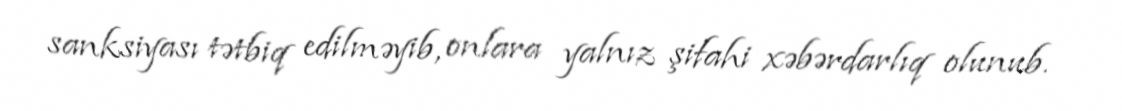
sanksiyası tətbiq edilməyib, onlara yalnız şifahi xəbərdarlıq olunub.